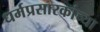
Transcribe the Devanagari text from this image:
धर्मप्रसारकांच्या